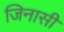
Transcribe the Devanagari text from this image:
जिनासी